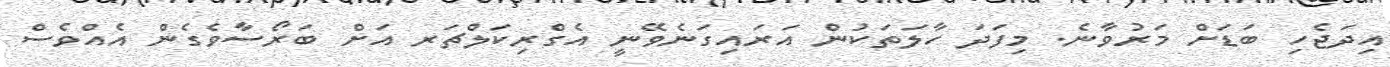
އިދަޖެހި ބަޑަށް މަރުވާނެ. މިފަދަ ހާލަތަކުން އަރައިގަނެވޭނީ އެގްރިކަލްޗަރ އަށް ބަރޯސާވެގެން އެއްވެސް